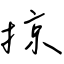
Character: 掠